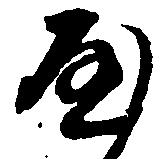
や